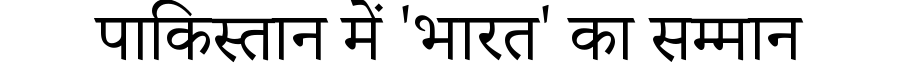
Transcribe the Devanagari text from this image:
पाकिस्तान में 'भारत' का सम्मान